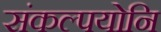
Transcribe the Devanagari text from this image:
संकल्पयोनि